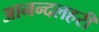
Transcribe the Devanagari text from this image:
आनन्दलहरी